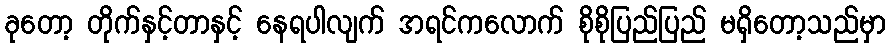
ခုတော့ တိုက်နှင့်တာနှင့် နေရပါလျက် အရင်ကလောက် စိုစိုပြည်ပြည် မရှိတော့သည်မှာ